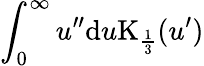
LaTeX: \int_{0}^{\infty}u^{\prime\prime}\mathrm{d}u\mathrm{K}_{\frac{1}{3}}(u^{\prime})